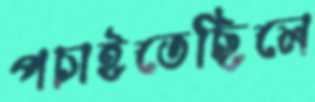
পচাইতেছিলে